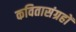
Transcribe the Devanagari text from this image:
कवितासंग्रहों